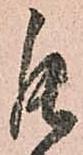
罷